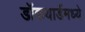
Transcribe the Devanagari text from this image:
डॉकयार्डमध्ये